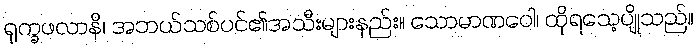
ရုက္ခဖလာနိ၊ အဘယ်သစ်ပင်၏အသီးများနည်း။ သောမာဏဝေါ၊ ထိုရသေ့ပျိုသည်။